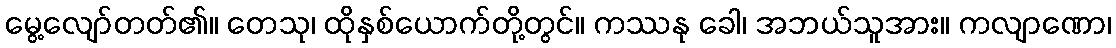
မွေ့လျော်တတ်၏။ တေသု၊ ထိုနှစ်ယောက်တို့တွင်။ ကဿနု ခေါ၊ အဘယ်သူအား။ ကလျာဏော၊